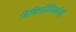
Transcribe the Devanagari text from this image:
विकिपीडियांची